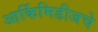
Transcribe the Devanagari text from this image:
आर्किमिडीजचे